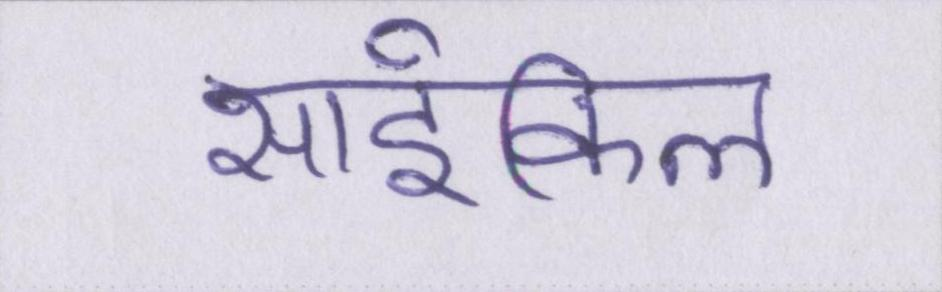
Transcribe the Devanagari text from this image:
साईकिल